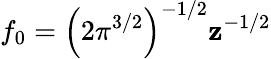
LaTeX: f_{0}=\left(2{\pi}^{3/2}\right)^{-1/2}\mathbf{z}^{-1/2}